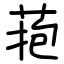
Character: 菢